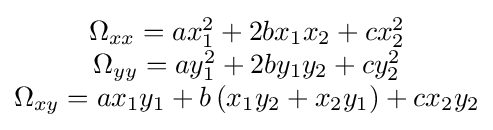
{\begin{matrix}\Omega _{xx}=ax_{1}^{2}+2bx_{1}x_{2}+cx_{2}^{2}\\\Omega _{yy}=ay_{1}^{2}+2by_{1}y_{2}+cy_{2}^{2}\\\Omega _{xy}=ax_{1}y_{1}+b\left(x_{1}y_{2}+x_{2}y_{1}\right)+cx_{2}y_{2}\end{matrix}}